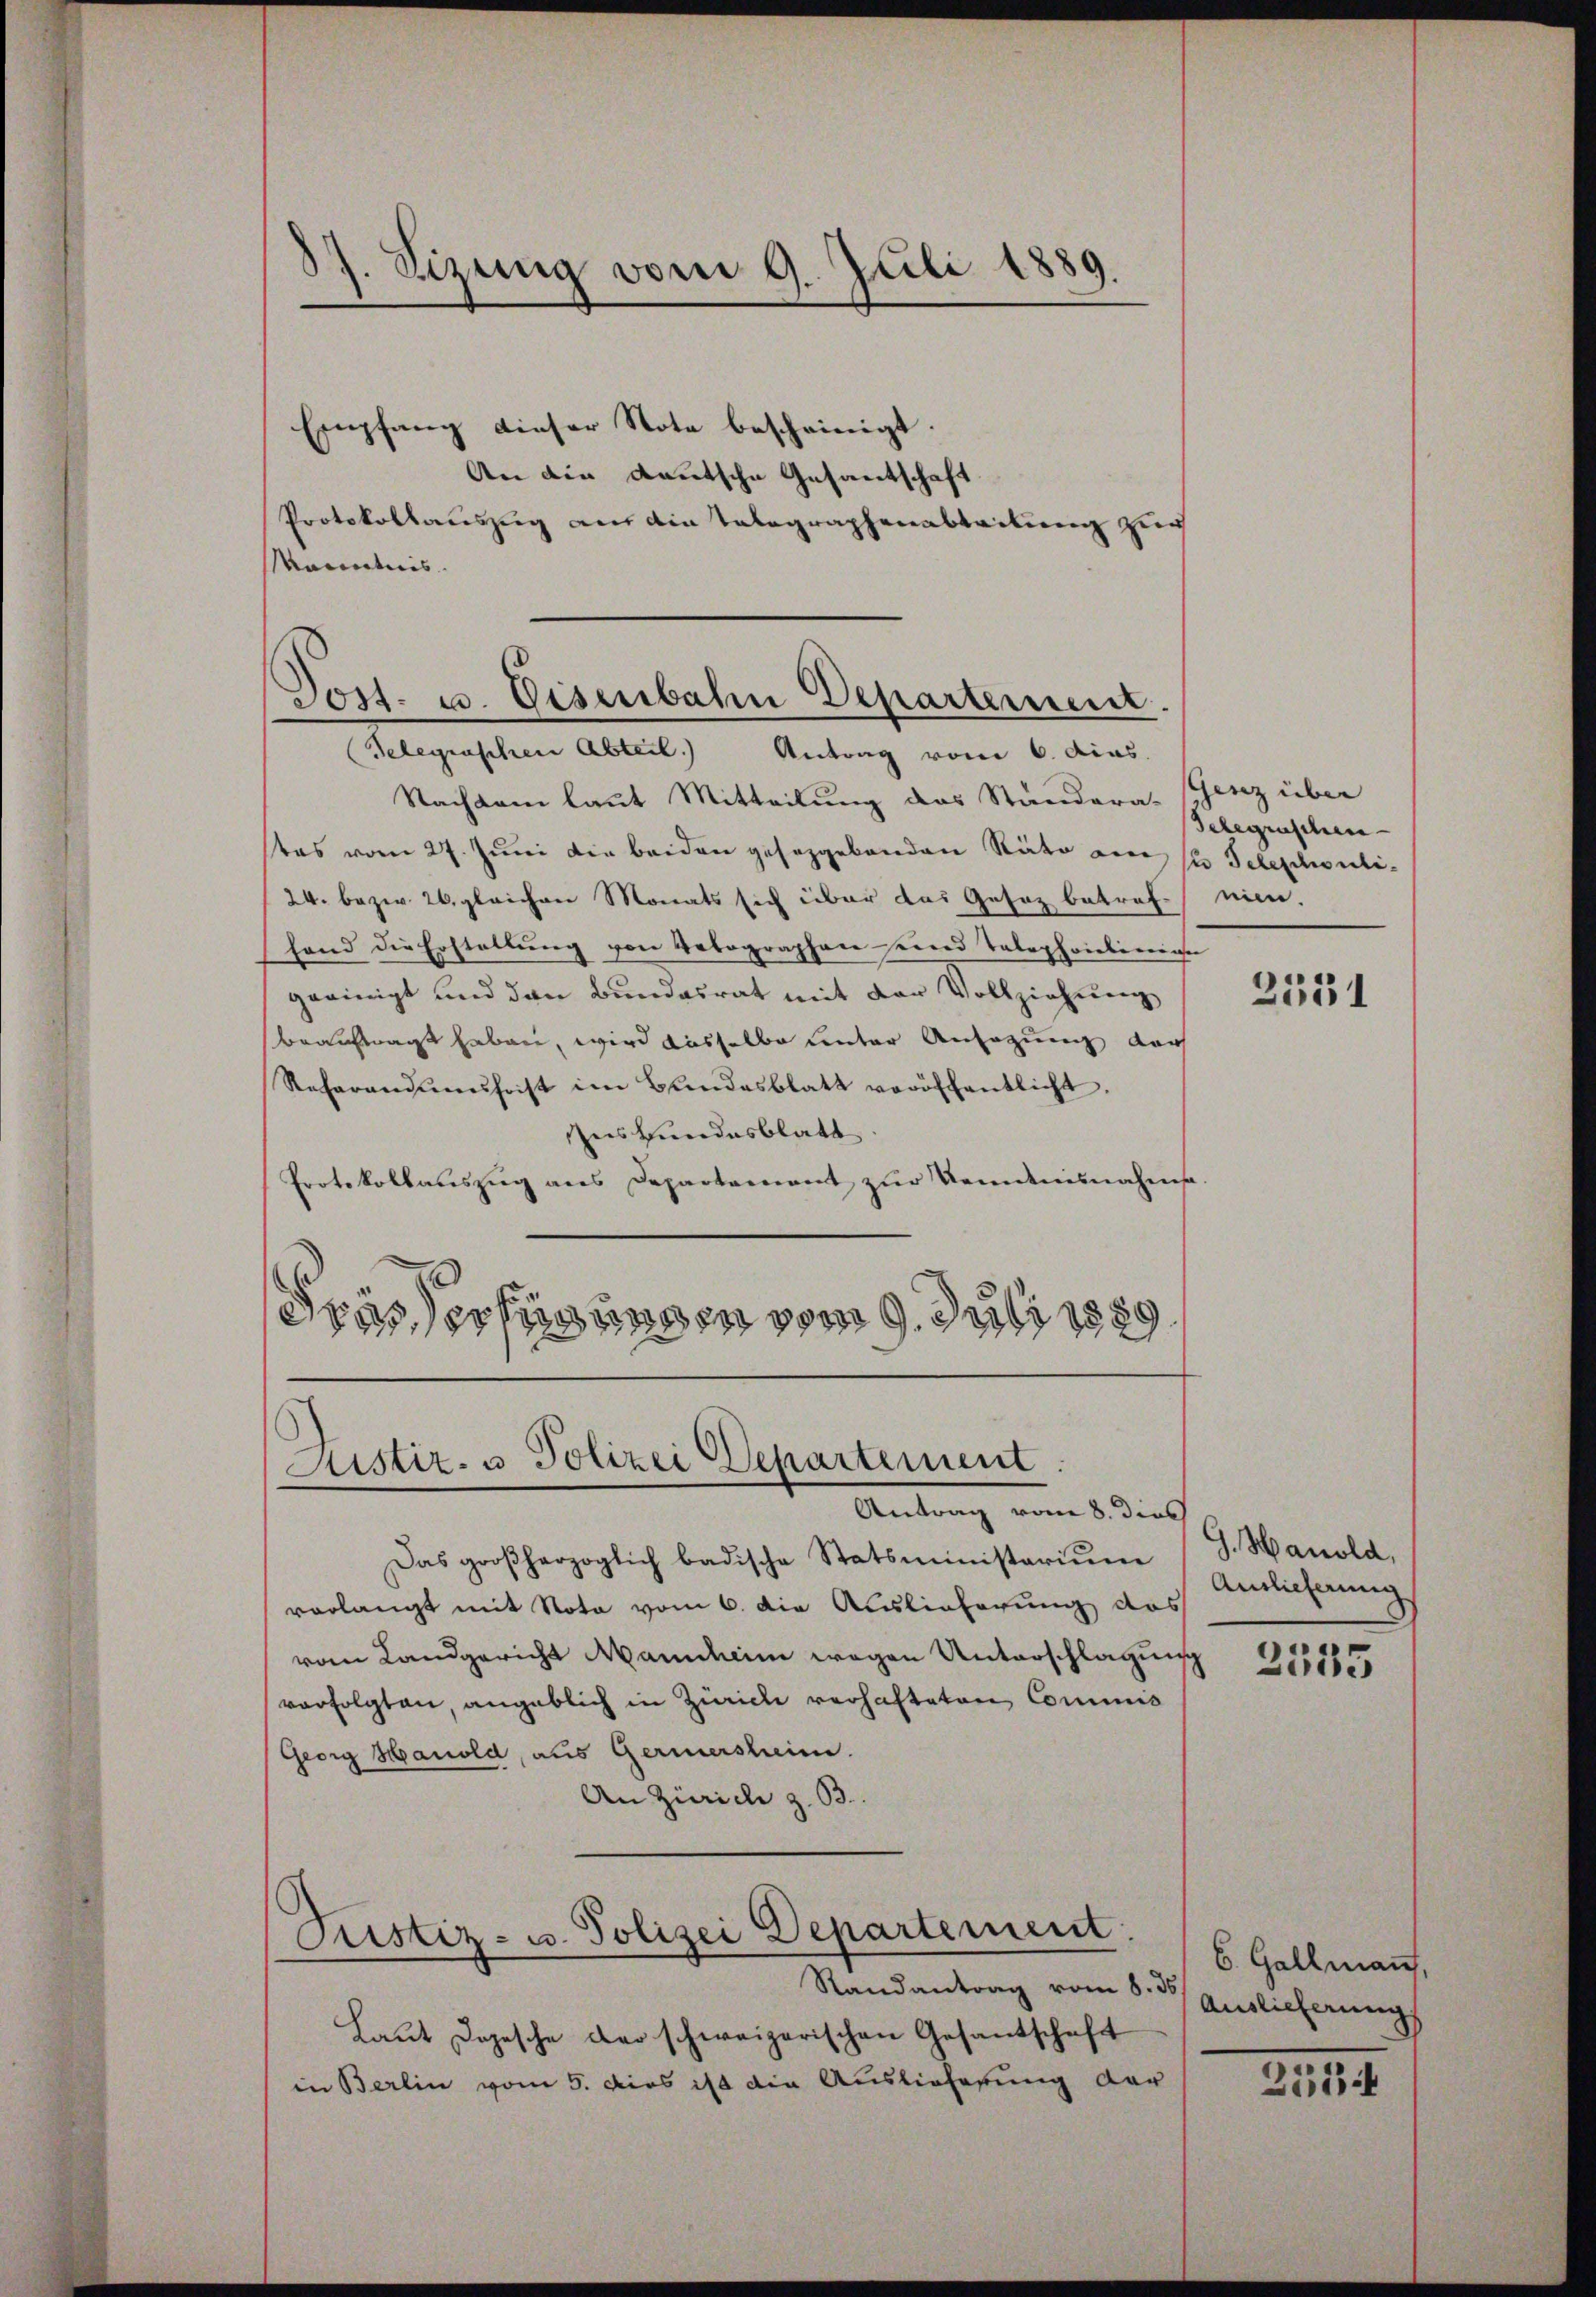
37. Sizung vom 9. Juli 1889.

Empfang dieser Note bescheinigt.
An die deutsche Gesantschaft
Protokollauszug aus ain Telegraphenabteilung zur
Manntnis.

Post. u. Eisenbahn Departement.

Gelegraschen Abteil. Antrag vom 6. dias.
Nachdem laut Mitteilung des Ständeraschinz über
tas vom 27. Juni die beiden gesetzgebenden Räte am 1. Teleschuli¬
24. bezw. 26. gleichen Monats sich über das Gesez betref-nien.
hand die Erstellung von Votographen seine Telephoiclinige
geeinigt und den Bundesrat mit der Vollziehung
beauftragt haben, wird dasselbe unter Ansagung darf
Referandŭmshoist im Bundesblatt veröffentlicht.
ns Bundesblatt
Protokollauszug aus Departement zur Kenntnisnahmsa-
Frässerfügungen vom 9. Juli 1889.

Sistiz- u Polizei Departement.
Antrag vom 8. dies

Das großherzoglich badische Statsministerium
vorlangt mit Nota vom 6. die Auslieferung das
vom Landgericht Mannheim wegen Unterschlagung
verfolgten, angeblich in Zürich verhafteten Commis
Georg Hanold, aus Gerierscheine.
An Zürich z. B.
Justiz- u. Polizei Departement.
Randantrag vom 8. ds.
Laut Dogesche der schweizerischen Gesandschaft
in Berlin vom 5. dies ist die Auslieferung der

Telegraschen

2531

J. Hanold,
Auslieferung

2535

6. Gallmann,
Auslieferung

2534